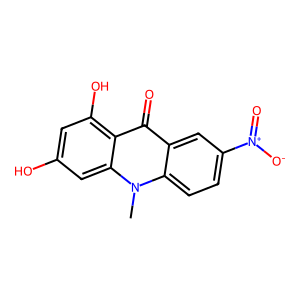
SMILES: Cn1c2ccc([N+](=O)[O-])cc2c(=O)c2c(O)cc(O)cc21
Inhibits HIV replication: No